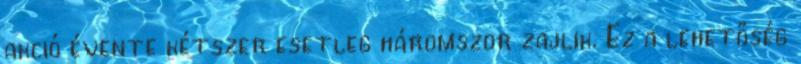
akció évente kétszer esetleg háromszor zajlik. Ez a lehetőség